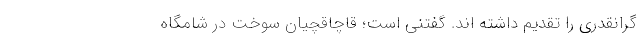
گرانقدری را تقدیم داشته اند. گفتنی است؛ قاچاقچیان سوخت در شامگاه